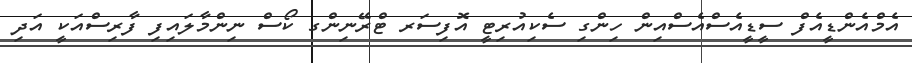
އެމްއެންޑީއެފް ސީޑީއެސްއެސްއިން ހިންގި ސެކިއުރިޓީ އޮފިސަރ ޓްރޭނިންގ ކޯސް ނިންމާލައިފި ފާރިސްއަކީ އަދި